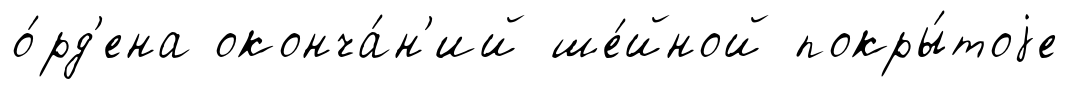
о́рд'ена оконча́н'ий ше́йной покры́тоjе